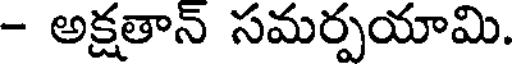
- అక్షతాన్ సమర్పయామి.